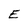
Character: E